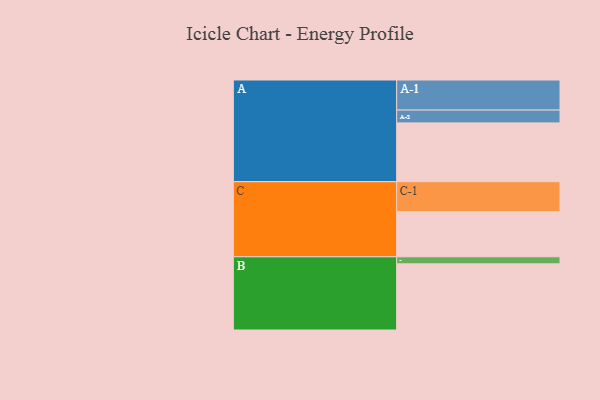
{"axis": {"x": "Segment", "y": "Value"}, "legend": ["", "A", "B", "C"], "data": [{"x": "A", "y": 518, "type": ""}, {"x": "B", "y": 583, "type": ""}, {"x": "C", "y": 399, "type": ""}, {"x": "A-1", "y": 265, "type": "A"}, {"x": "A-2", "y": 113, "type": "A"}, {"x": "B-1", "y": 62, "type": "B"}, {"x": "C-1", "y": 263, "type": "C"}]}